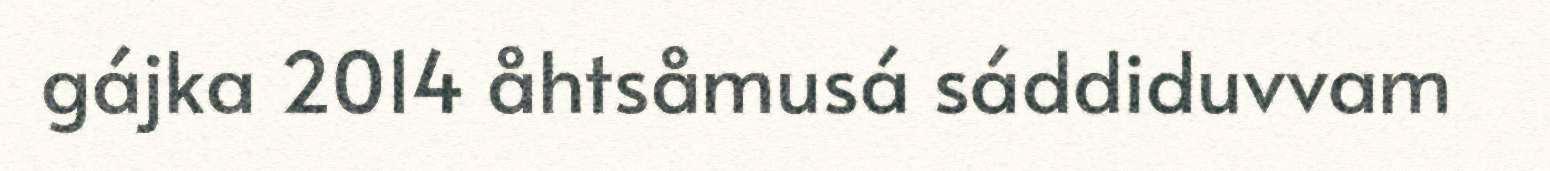
gájka 2014 åhtsåmusá sáddiduvvam